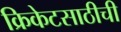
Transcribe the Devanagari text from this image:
क्रिकेटसाठीची